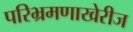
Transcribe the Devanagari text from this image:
परिभ्रमणाखेरीज